65_HS1-834228961_62-HQ-83894_Section_4
Agency: FBI
Page 72
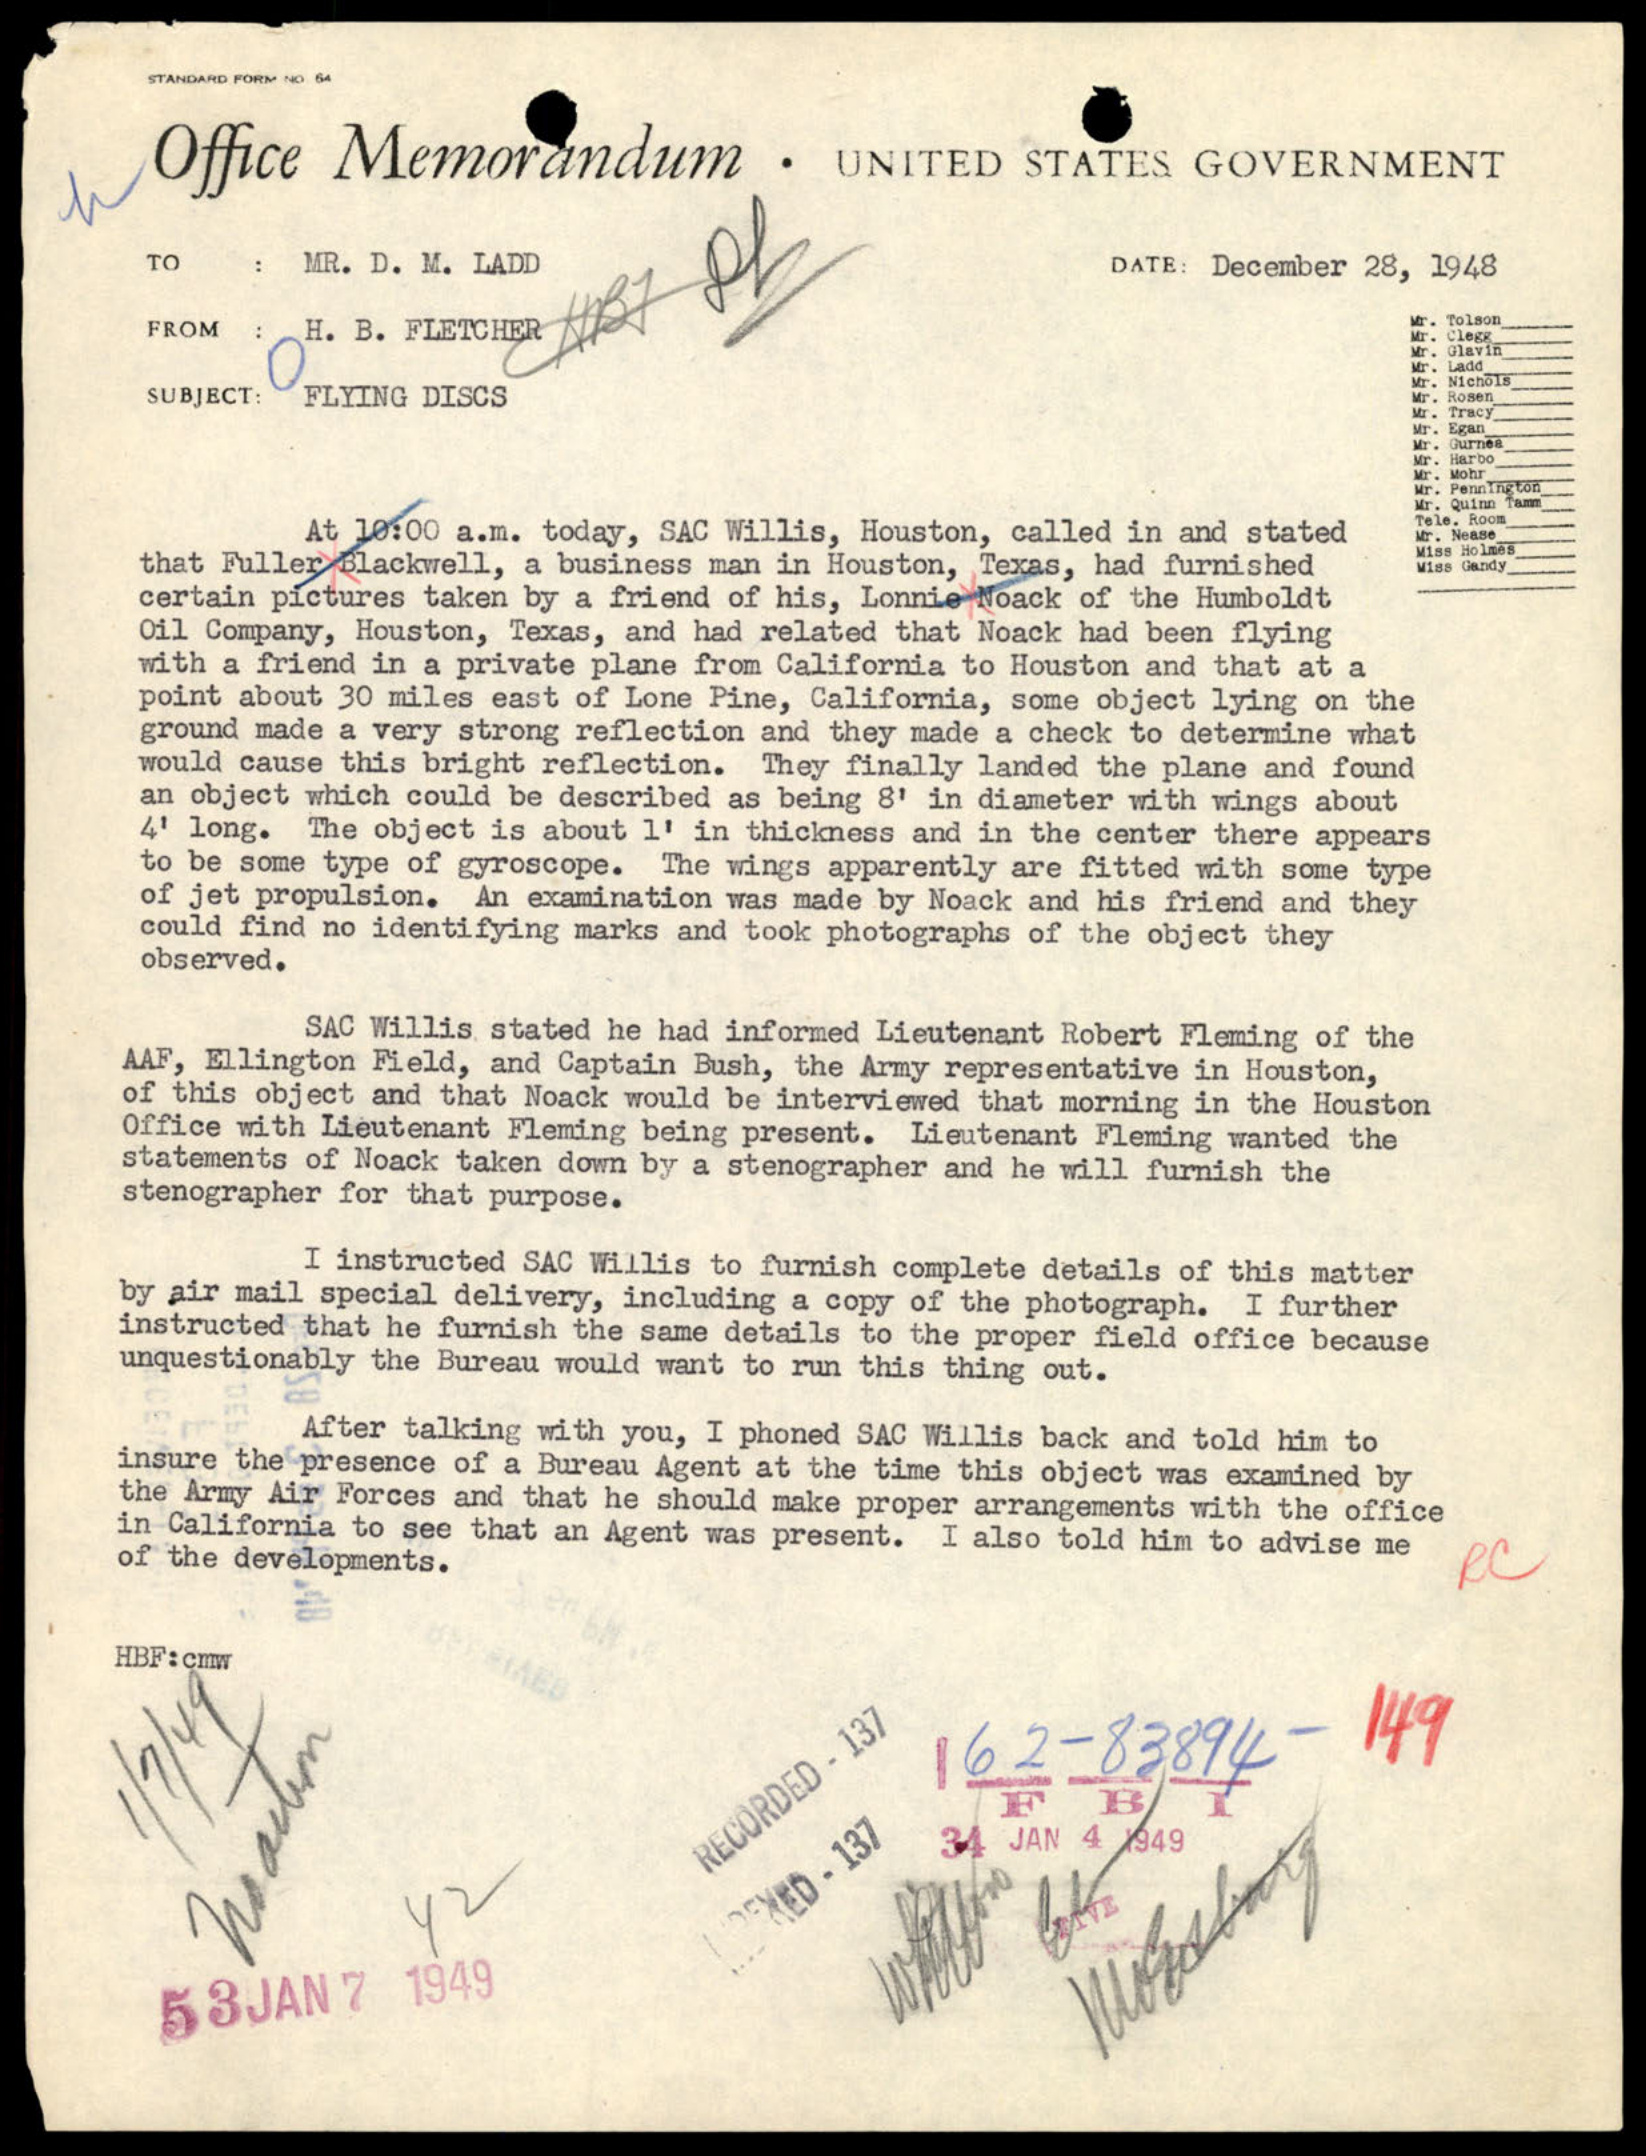